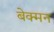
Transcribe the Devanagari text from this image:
बेक्मन